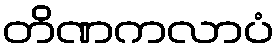
တိဏကလာပံ